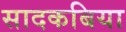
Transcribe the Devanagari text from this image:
सादकबिया